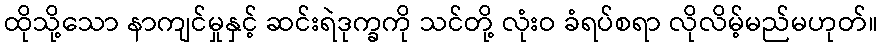
ထိုသို့သော နာကျင်မှုနှင့် ဆင်းရဲဒုက္ခကို သင်တို့ လုံးဝ ခံရပ်စရာ လိုလိမ့်မည်မဟုတ်။